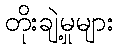
တိုးချဲ့မှုများ